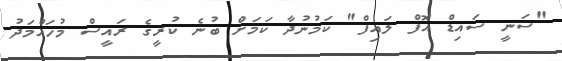
"ސަނީ ސައިޑް އޮފް ލައިފް" ކަމުނުދާ ކަމަށް ބުނެ ކުރީގެ ރައީސް މުހައްމަދު